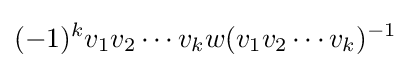
(-1)^{k}v_{1}v_{2}\cdots v_{k}w(v_{1}v_{2}\cdots v_{k})^{-1}